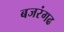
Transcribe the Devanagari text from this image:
बजरंगढ